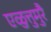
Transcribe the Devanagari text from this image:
एळुत्तुमुरै